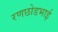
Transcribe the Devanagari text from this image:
रणछोडभाई